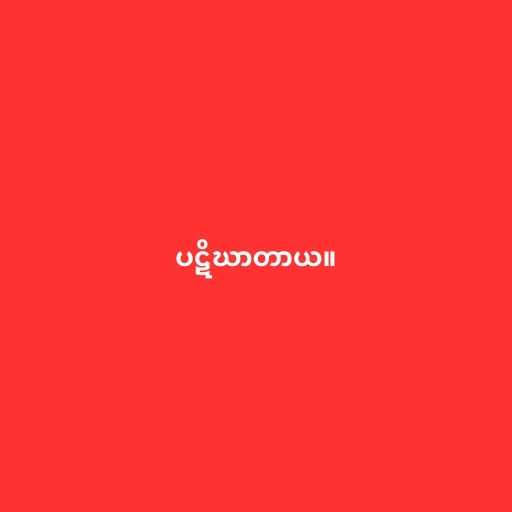
ပဋိဃာတာယ။